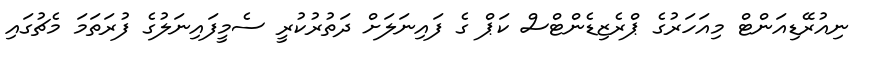
ނިއުރޭޑިއަންޓް މިއަހަރުގެ ޕްރެޒިޑެންޓްސް ކަޕް ގެ ފައިނަލަށް ދަތުރުކުރީ ސެމީފައިނަލުގެ ފުރަތަމަ މެޗުގައި